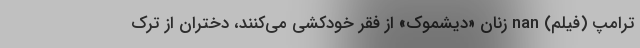
ترامپ (فیلم) nan زنانِ «دیشموک» از فقر خودکشی می‌کنند، دختران از ترک